Civil Veterinary Dept. North-West Frontier Province 1933-46 - 1933-1946
Year: 1933
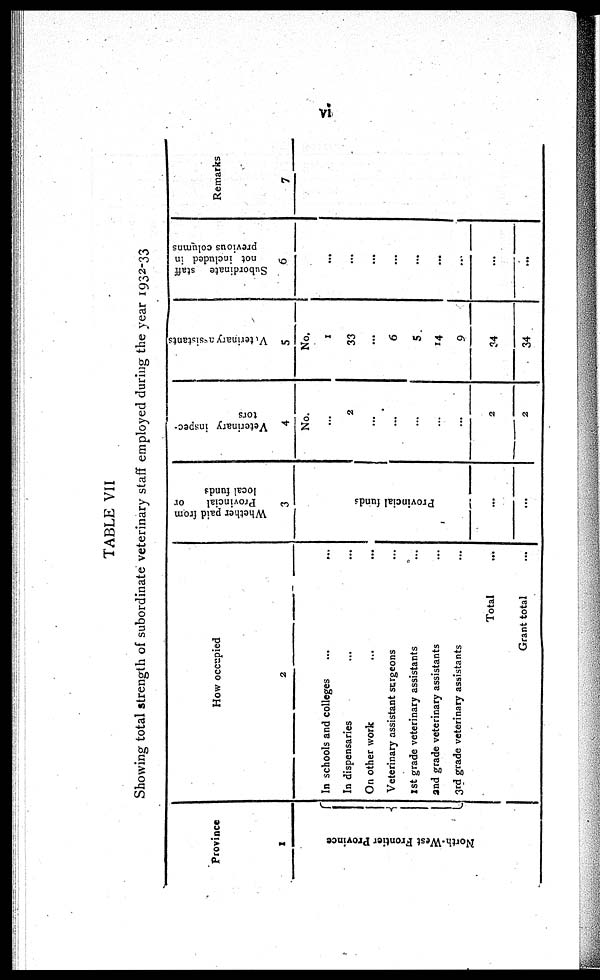
vi
TABLE VII
Showing total strength of subordinate veterinary staff employed during the year 1932-33
Province
1
North-West Fr ont i
e r Province
How occupied
2
In schools and colleges
...
...
In dispensaries ... ...
On other work ... ...
Veterinary assistant surgeons ...
1st grade veterinary assistants ...
and grade veterinary assistants ...
3rd grade veterinary assistants ...
Total ...
Grant total ...
Whether paid from
Provincial
or
local funds
3
Provincial funds ...
...
...
Veterinary inspec-
tors
4
No.
2
...
...
...
...
...
2
2
Veterinary assistants
5
No.
1
33
...
6
5
14
9
34
34
Subordinate staff
not included in
previous columns
6
...
...
...
...
...
...
...
...
...
Remarks
7